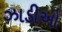
ઝાડીઓ